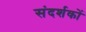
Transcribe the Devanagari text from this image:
संदर्शकों